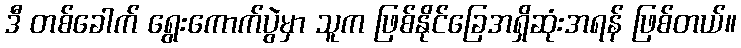
ဒီ တစ်ခေါက် ရွေးကောက်ပွဲမှာ သူက ဖြစ်နိုင်ခြေအရှိဆုံးအရန် ဖြစ်တယ်။